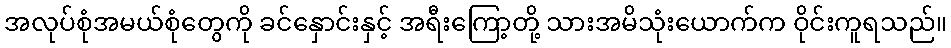
အလုပ်စုံအမယ်စုံတွေကို ခင်နှောင်းနှင့် အရီးကြော့တို့ သားအမိသုံးယောက်က ဝိုင်းကူရသည်။